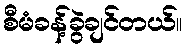
စီမံခန့်ခွဲချင်တယ်။